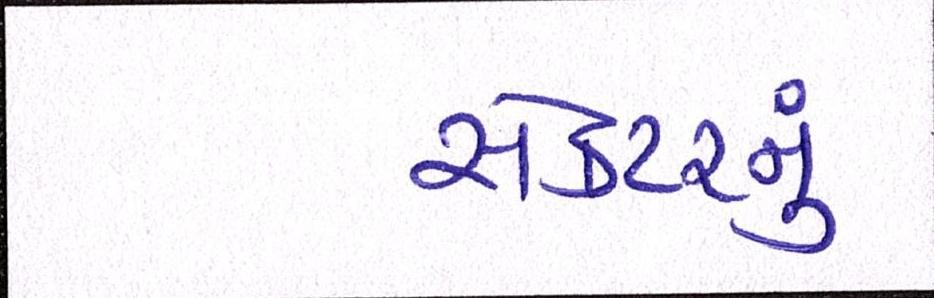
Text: સેક્ટરનું